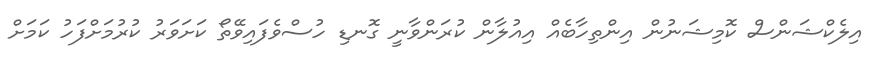
އިލެކްޝަންސް ކޮމިޝަނުން އިންތިހާބެއް އިއުލާން ކުރަންވާނީ ގޮނޑި ހުސްވެފައިވޭތޯ ކަށަވަރު ކުރުމަށްފަހު ކަމަށް